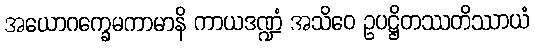
အယောဂက္ခေမကာမာနိ ကာယဒဏ္ဍံ အသိဝေ ဥပဋ္ဌိတဿတိဿာယံ